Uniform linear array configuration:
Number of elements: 64
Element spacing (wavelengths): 1
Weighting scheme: cosine
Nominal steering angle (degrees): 15
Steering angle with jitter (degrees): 16.258
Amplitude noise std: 0.05
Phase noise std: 0.05

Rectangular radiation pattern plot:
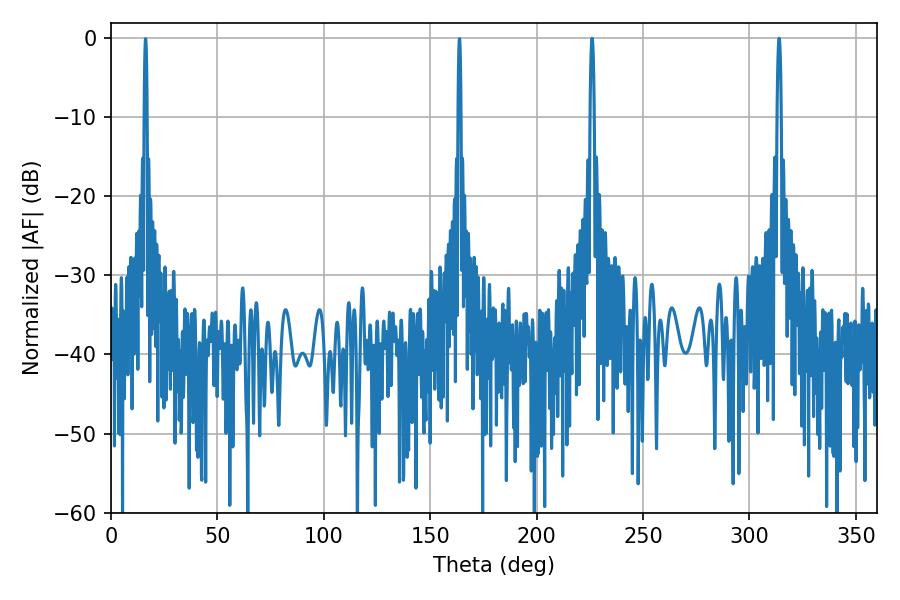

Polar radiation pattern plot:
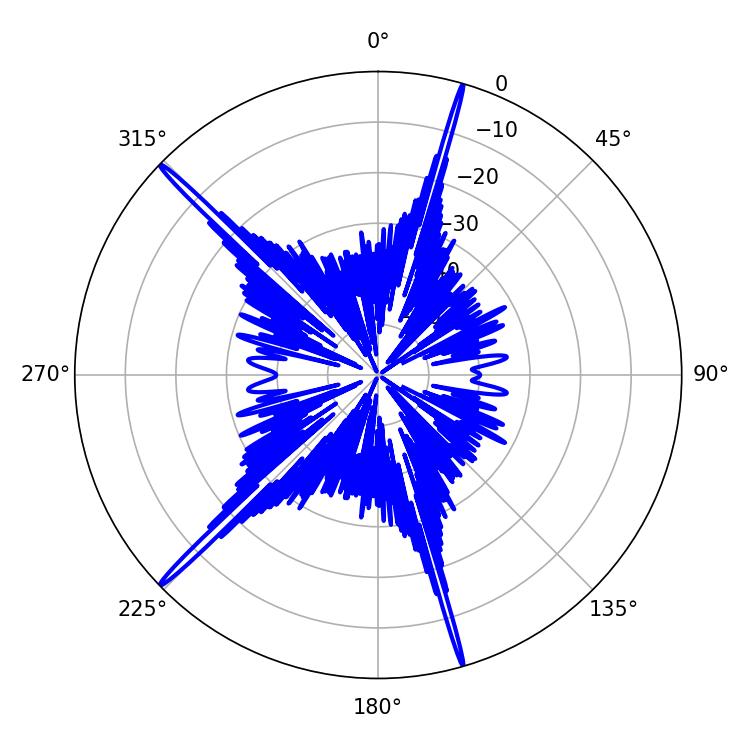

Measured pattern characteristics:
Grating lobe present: TRUE
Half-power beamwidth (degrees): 1.08
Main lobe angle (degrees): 313.92